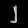
Digit: ၂